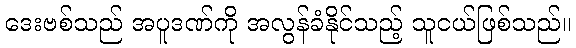
ဒေးဗစ်သည် အပူဒဏ်ကို အလွန်ခံနိုင်သည့် သူငယ်ဖြစ်သည်။